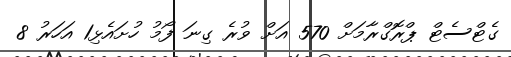
ގެޓްސެޓް ޕްރޮގްރާމަށް 570 އަށް ވުރެ ގިނަ ފޯމު ހުށައެޅި1 އަހަރު 8